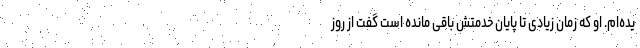
یده‌ام. او که زمان زیادی تا پایان خدمتش باقی مانده است گفت از روز